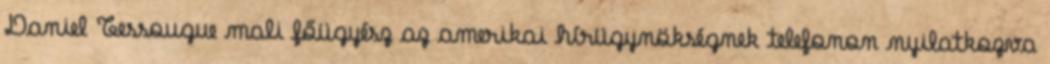
Daniel Tessougue mali főügyész az amerikai hírügynökségnek telefonon nyilatkozva